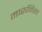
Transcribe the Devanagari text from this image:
मारूमिसा